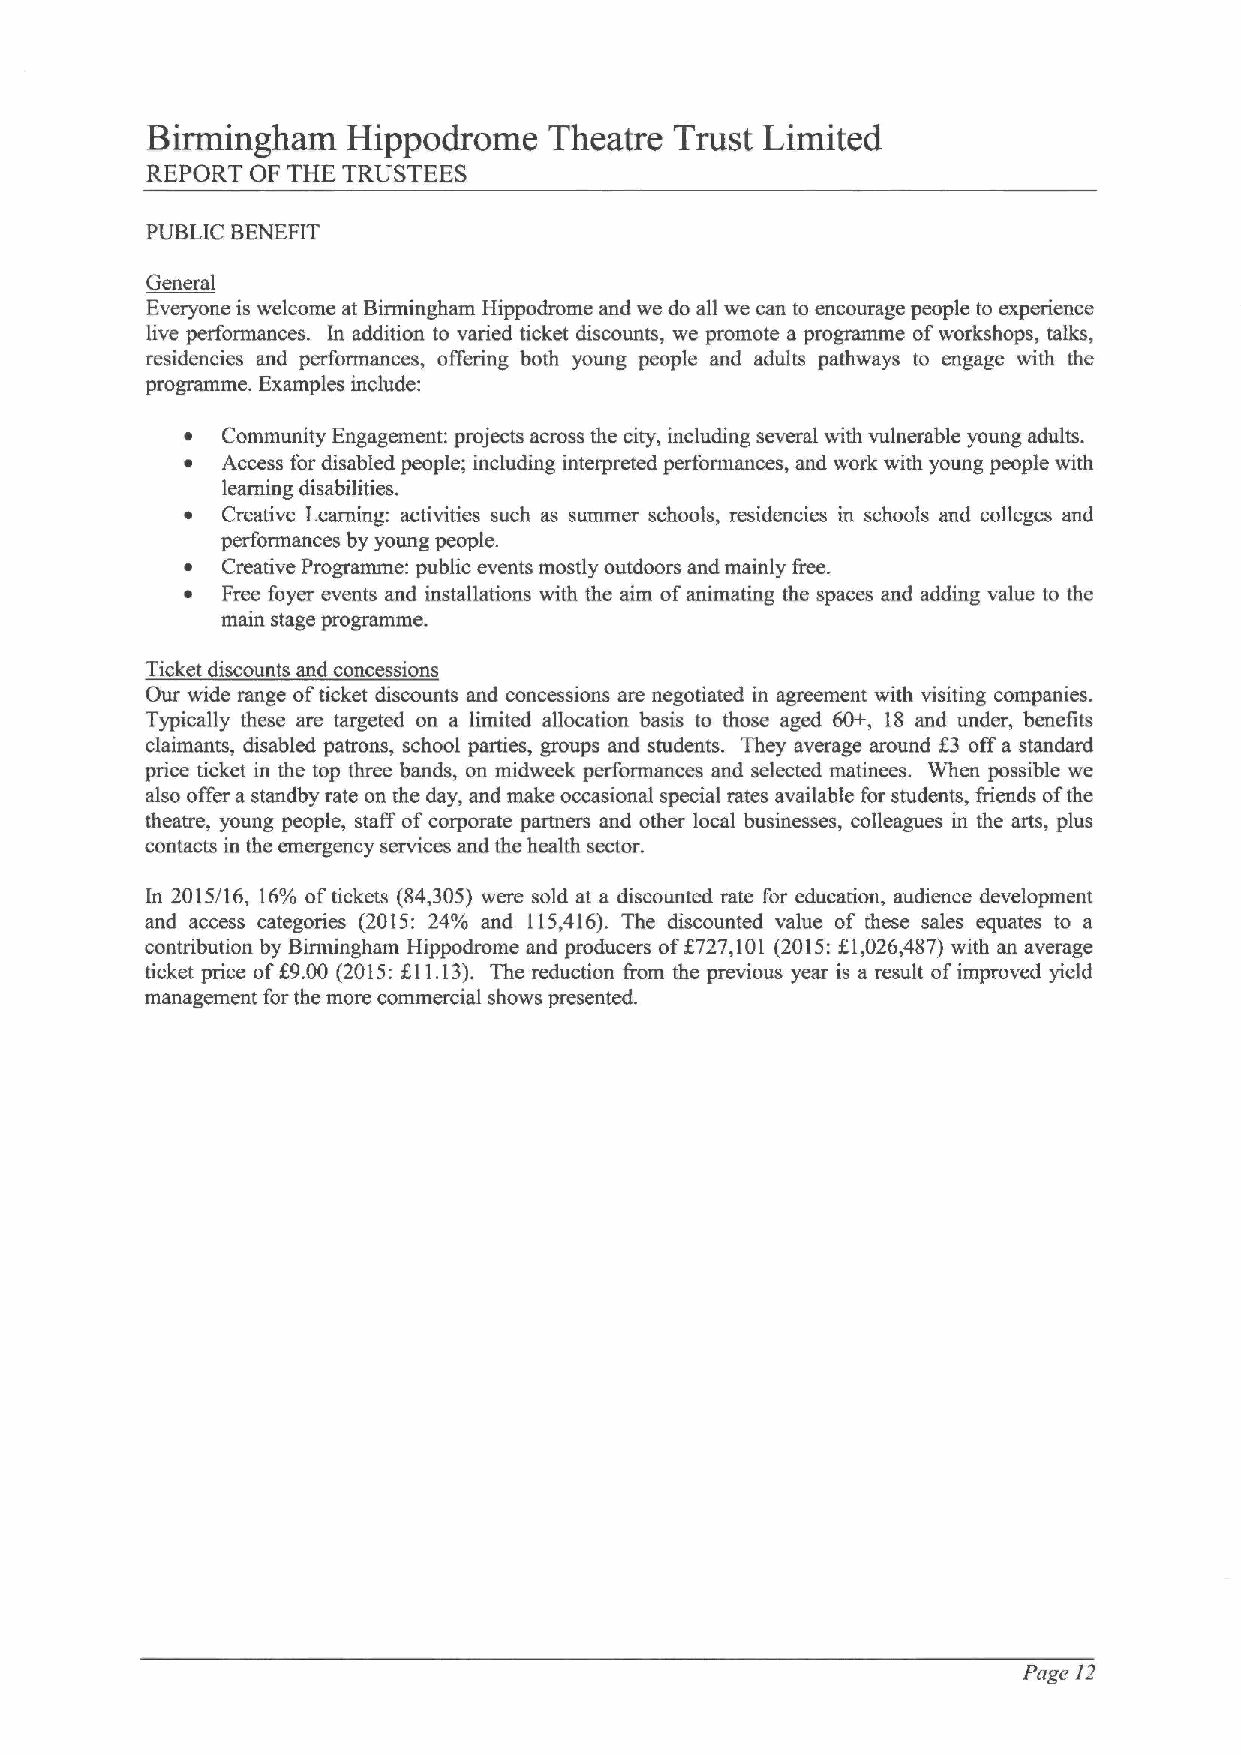
Birmingham   Hippodrome   Theatre  Trust Limited
 REPORT OF THE TRUSTEES
 PUBLIC BENEFIT
 General
 Everyone is welcome at Birmingham Hippodrome and we do all we can to encourage people to experience
 live performances. In addition to varied ticket discounts, we promote a programme ofworkshops, talks,
 residencies and performances, offering both young people and adults pathways to engage with the
 programme. Examples include:
 ~  Community Engagement: projects across the city, including several with vulnerable young adults.
 ~  Access for disabled people; including interpreted performances, and work with young people with
 learning disabilities.
 ~  Creative Learning: activities such as summer schools, residencies in schools and colleges and
 performances by young people.
 ~  Creative Programme: public events mostly outdoors and mainly free.
 ~  Free foyer events and installations with the aim ofanimating the spaces and adding value to the
 main stage programme.
 Ticket discounts and concessions
 Our wide range ofticket discounts and concessions are negotiated in agreement with visiting companies.
 Typically these are targeted on a limited allocation basis to those aged 60+, 18 and under, benefits
 claimants, disabled patrons, school parties, groups and students. They average around Z3 offa standard
 price ticket in the top three bands, on midweek performances and selected matinees. When possible we
 also offer a standby rate on the day, and make occasional special rates available for students, friends ofthe
 theatre, young people, staff ofcorporate partners and other local businesses, colleagues in the arts, plus
 contacts in the emergency services and the health sector.
 In 2015/16, 16%oftickets (84,305) were sold at a discounted rate for education, audience development
 and access categories (2015: 24% and 115,416). The discounted value of these sales equates to a
 contribution by Birmingham Hippodrome and producers off727,101 (2015:f1,026,487) with an average
 ticket price ofE9.00 (2015:f11.13). The reduction from the previous year is a result ofimproved yield
 management for the more commercial shows presented.
 Page 12